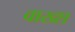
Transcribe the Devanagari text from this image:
वाख्श